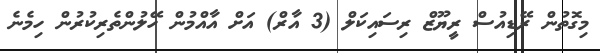
މިގޮތުން ރޭޑިއުސް ރީޔޫޒް ރިސައިކަލް (3 އާރް) އަށް އާއްމުން ހޭލުންތެރިކުރުން ހިމެނެ